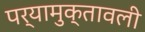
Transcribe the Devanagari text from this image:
पर्यामुक्तावली